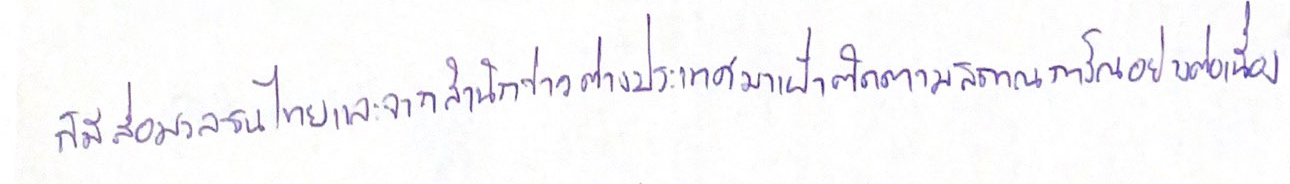
ก็มีสื่อมวลชนไทยและจากสำนักข่าวต่างประเทศมาเฝ้าติดตามสถานการณ์อย่างต่อเนื่อง